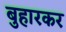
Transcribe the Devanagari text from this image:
बुहारकर